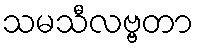
သမသီလဗ္ဗတာ